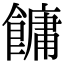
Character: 𩞋